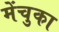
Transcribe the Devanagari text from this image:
मेंचुका